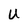
Character: U